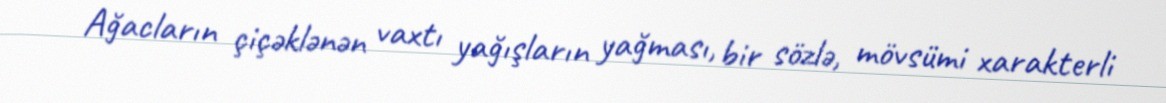
Ağacların çiçəklənən vaxtı yağışların yağması, bir sözlə, mövsümi xarakterli